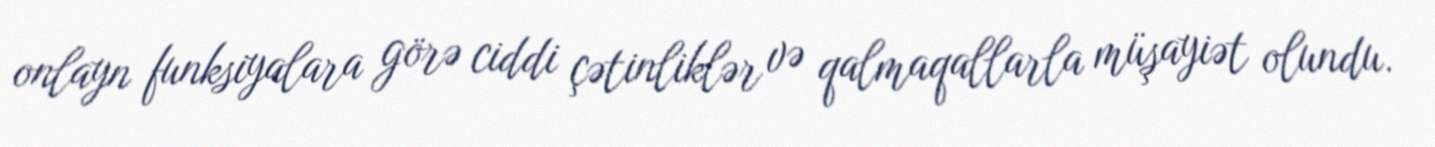
onlayn funksiyalara görə ciddi çətinliklər və qalmaqallarla müşayiət olundu.